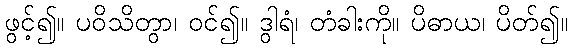
ဖွင့်၍။ ပဝိသိတွာ၊ ဝင်၍။ ဒွါရံ၊ တံခါးကို။ ပိဓာယ၊ ပိတ်၍။